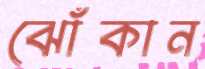
ঝোঁকান